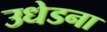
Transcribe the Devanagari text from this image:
उधेडना